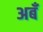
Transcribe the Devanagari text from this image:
अबँ